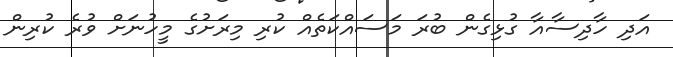
އަދި ހާދިސާއާ ގުޅިގެން ބުރަ މަސައްކަތެއް ކުރި މިރަށުގެ މީހުނަށް ވުރެ ކުރިން